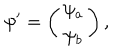
\psi ^ { \prime } = \left( \begin{matrix} { { \psi _ { a } } } \\ { { \psi _ { b } } } \\ \end{matrix} \right) ,